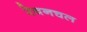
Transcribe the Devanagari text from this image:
रेवनचल